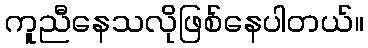
ကူညီနေသလိုဖြစ်နေပါတယ်။